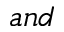
a n d